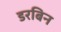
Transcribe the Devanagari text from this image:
डरबिन